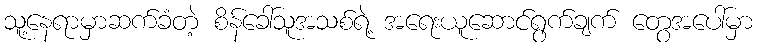
သူ့နေရာမှာဆက်ခံတဲ့ စိန်ခေါ်သူအသစ်ရဲ့ အရေးယူဆောင်ရွက်ချက် တွေအပေါ်မှာ